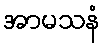
အာမသနံ